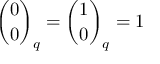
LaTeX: { \binom { 0 } { 0 } } _ { q } = { \binom { 1 } { 0 } } _ { q } = 1